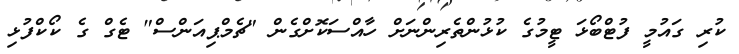
ކުރި ގައުމީ ފުޓްބޯޅަ ޓީމުގެ ކުޅުންތެރިންނަށް ހާއްސަކޮށްގެން "ޗެމްޕިއަންސް" ޓެގް ގެ ކޯކްފުޅި